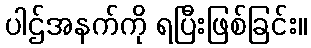
ပါဌ်အနက်ကို ရပြီးဖြစ်ခြင်း။